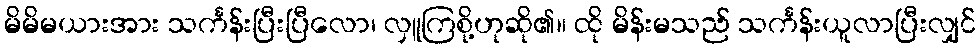
မိမိမယားအား သင်္ကန်းပြီးပြီလော၊ လှူကြစို့ဟုဆို၏။ ထို မိန်းမသည် သင်္ကန်းယူလာပြီးလျှင်